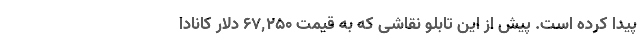
پیدا کرده است. پیش از این تابلو نقاشی که به قیمت ۶۷,۲۵۰ دلار کانادا